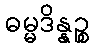
ဓမ္မဒိန္နဉ္စ